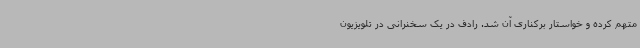
متهم کرده و خواستار برکناری آن شد. رادف در یک سخنرانی در تلویزیون